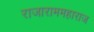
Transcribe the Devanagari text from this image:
राजाराममहाराज